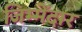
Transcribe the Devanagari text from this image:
जिम्मेंदार